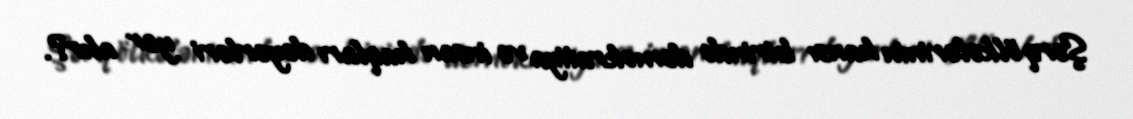
Şərq ölkələrinin hansı birində demokratiya və insan haqları dəyərləri yer alır?.